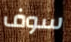
سوف